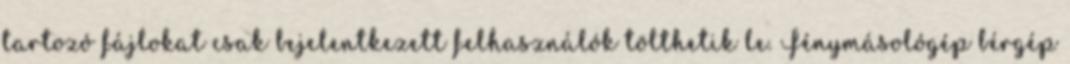
tartozó fájlokat csak bejelentkezett felhasználók tölthetik le. Fénymásológép bérgép